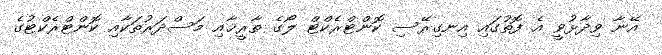
އޭނާ ވިދާޅުވީ އެ ފޮތުގައި އިނގިރޭސި ކޮންޓްރެކްޓް ލޯގެ ތާރީޚާއި މަސްދަރުތަކާއި ކޮންޓްރެކްޓުގެ